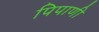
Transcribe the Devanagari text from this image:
पिपाणी